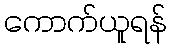
ကောက်ယူရန်